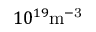
1 0 ^ { 1 9 } \mathrm { { m } ^ { - 3 } }